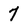
Character: 7